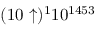
( 1 0 \uparrow ) ^ { 1 } 1 0 ^ { 1 4 5 3 }